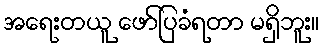
အရေးတယူ ဖော်ပြခံရတာ မရှိဘူး။